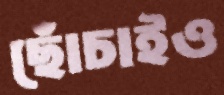
ছোঁচাইও